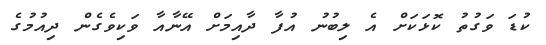
ކުޑަ ވަގުތު ކޮޅަކަށް އެ ލިބުނު އުފާ ދާއިމަށް އޭނާއާ ވަކިވެގެން ދިއުމުގެ